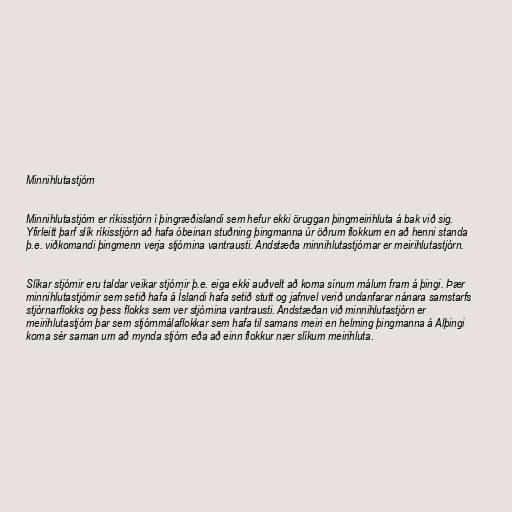
Minnihlutastjórn

Minnihlutastjórn er ríkisstjórn í þingræðislandi sem hefur ekki öruggan þingmeirihluta á bak við sig.
Yfirleitt þarf slík ríkisstjórn að hafa óbeinan stuðning þingmanna úr öðrum flokkum en að henni standa
þ.e. viðkomandi þingmenn verja stjórnina vantrausti. Andstæða minnihlutastjórnar er meirihlutastjórn.

Slíkar stjórnir eru taldar veikar stjórnir þ.e. eiga ekki auðvelt að koma sínum málum fram á þingi. Þær
minnihlutastjórnir sem setið hafa á Íslandi hafa setið stutt og jafnvel verið undanfarar nánara samstarfs
stjórnarflokks og þess flokks sem ver stjórnina vantrausti. Andstæðan við minnihlutastjórn er
meirihlutastjórn þar sem stjórnmálaflokkar sem hafa til samans meiri en helming þingmanna á Alþingi
koma sér saman um að mynda stjórn eða að einn flokkur nær slíkum meirihluta.